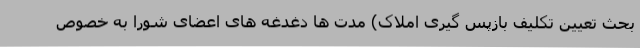
بحث تعیین تکلیف بازپس گیری املاک) مدت ها دغدغه های اعضای شورا به خصوص